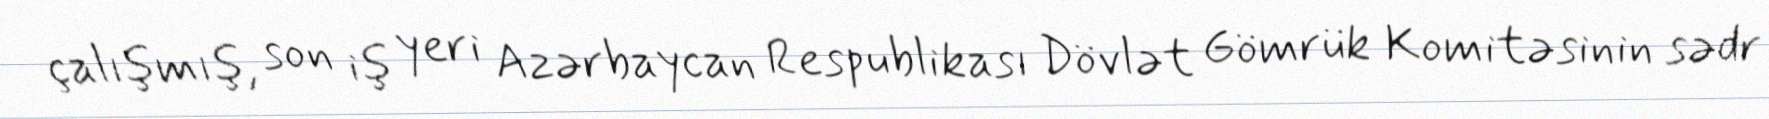
çalışmış, son iş yeri Azərbaycan Respublikası Dövlət Gömrük Komitəsinin sədr